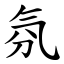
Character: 氛